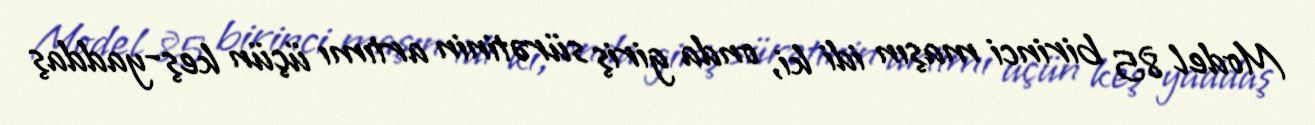
Model 85 birinci maşın idi ki, onda giriş sürətinin artımı üçün keş-yaddaş